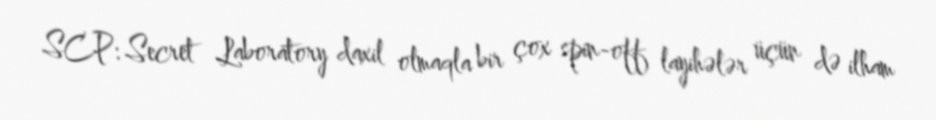
SCP: Secret Laboratory daxil olmaqla bir çox spin-off layihələr üçün də ilham